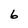
Character: 6